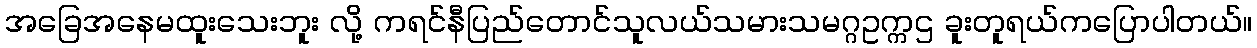
အခြေအနေမထူးသေးဘူး လို့ ကရင်နီပြည်တောင်သူလယ်သမားသမဂ္ဂဥက္ကဌ ခူးတူရယ်ကပြောပါတယ်။